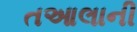
તઆલાની